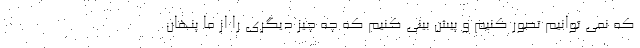
که نمی توانیم تصور کنیم و پیش بینی کنیم که چه چیز دیگری را از ما پنهان